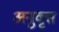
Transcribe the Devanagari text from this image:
अनुवृत्त